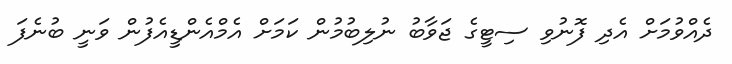
ދެއްވުމަށް އެދި ފޮނުވި ސިޓީގެ ޖަވާބު ނުލިބުމުން ކަމަށް އެމްއެންޑީއެފުން ވަނީ ބުނެފަ